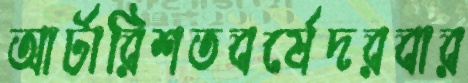
আর্টারিশতবর্ষেদরবার